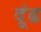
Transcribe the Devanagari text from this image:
दूंढ